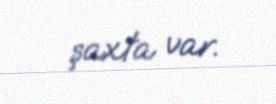
şaxta var.